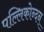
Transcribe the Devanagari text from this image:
पल्लिकोन्दन्